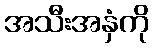
အသီးအနှံကို